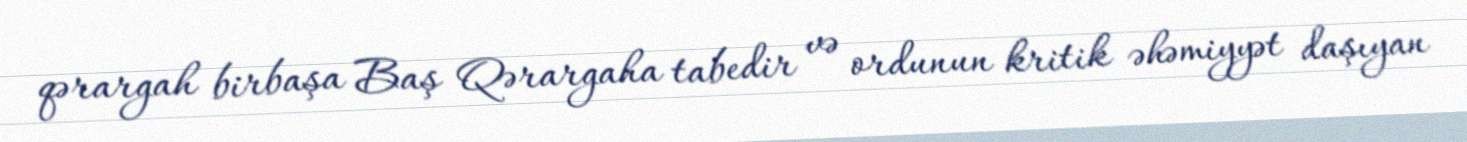
qərargah birbaşa Baş Qərargaha tabedir və ordunun kritik əhəmiyyət daşıyan